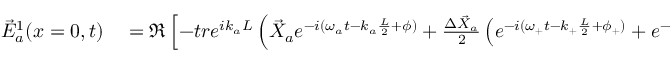
\begin{array} { r l } { \vec { E } _ { a } ^ { 1 } ( x = 0 , t ) } & { { } = \Re \left[ - t r e ^ { i k _ { a } L } \left( \vec { X } _ { a } e ^ { - i ( \omega _ { a } t - k _ { a } \frac { L } { 2 } + \phi ) } + \frac { \Delta \vec { X } _ { a } } { 2 } \left( e ^ { - i ( \omega _ { + } t - k _ { + } \frac { L } { 2 } + \phi _ { + } ) } + e ^ { - i ( \omega _ { - } t - k _ { - } \frac { L } { 2 } + \phi _ { - } ) } \right) \right) \right] \, , } \end{array}